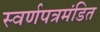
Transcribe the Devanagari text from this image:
स्वर्णपत्रमंडित